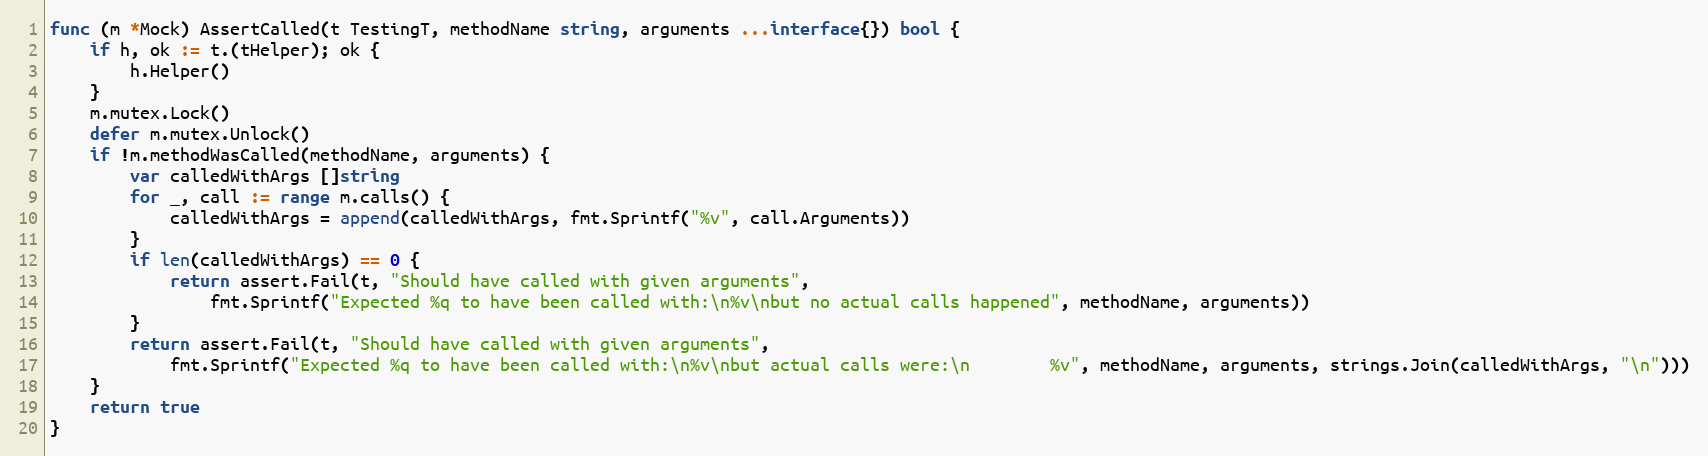
Language: Go
func (m *Mock) AssertCalled(t TestingT, methodName string, arguments ...interface{}) bool {
	if h, ok := t.(tHelper); ok {
		h.Helper()
	}
	m.mutex.Lock()
	defer m.mutex.Unlock()
	if !m.methodWasCalled(methodName, arguments) {
		var calledWithArgs []string
		for _, call := range m.calls() {
			calledWithArgs = append(calledWithArgs, fmt.Sprintf("%v", call.Arguments))
		}
		if len(calledWithArgs) == 0 {
			return assert.Fail(t, "Should have called with given arguments",
				fmt.Sprintf("Expected %q to have been called with:\n%v\nbut no actual calls happened", methodName, arguments))
		}
		return assert.Fail(t, "Should have called with given arguments",
			fmt.Sprintf("Expected %q to have been called with:\n%v\nbut actual calls were:\n        %v", methodName, arguments, strings.Join(calledWithArgs, "\n")))
	}
	return true
}